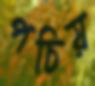
পচিয়